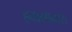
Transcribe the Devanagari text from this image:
हवामानास